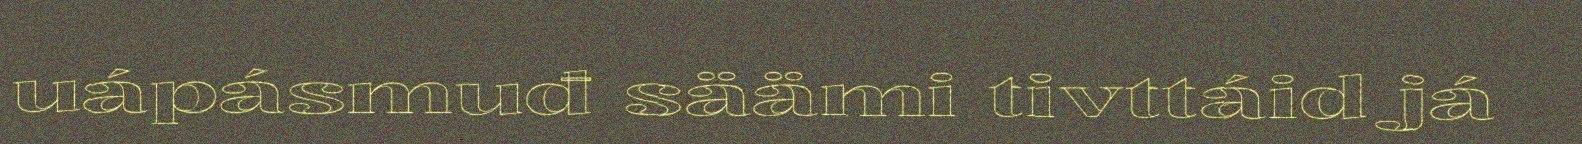
uápásmuđ säämi tivttáid já